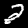
Label: 2